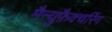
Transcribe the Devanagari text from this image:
मैन्युफ़ैक्चरिंग